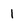
Character: 1